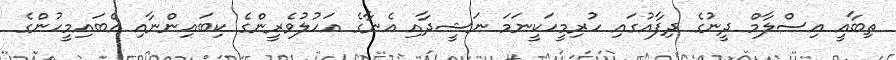
ތިބާއީ އިސްލާމް ދީނުގެ ދިފާއުގައި ހުރިމީހަކީނަމަ ނަޝީދާއި އެނާގެ އަހުލުވެރީންގެ ކިބައިންނާއި އެބައިމީހުންގެ